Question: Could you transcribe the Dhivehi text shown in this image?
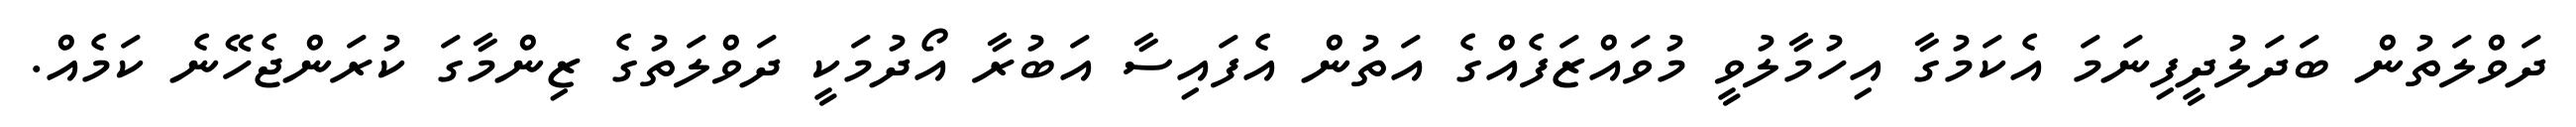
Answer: ދަވްލަތުން ބަދަލުދީފިނަމަ އެކަމުގާ އިހުމާލުވީ މުވައްޒަފެއްގެ އަތުން އެފައިސާ އަބުރާ އޯދުމަކީ ދަވްލަތުގެ ޒިންމާގަ ކުރަންޖެހޭނެ ކަމެއް.